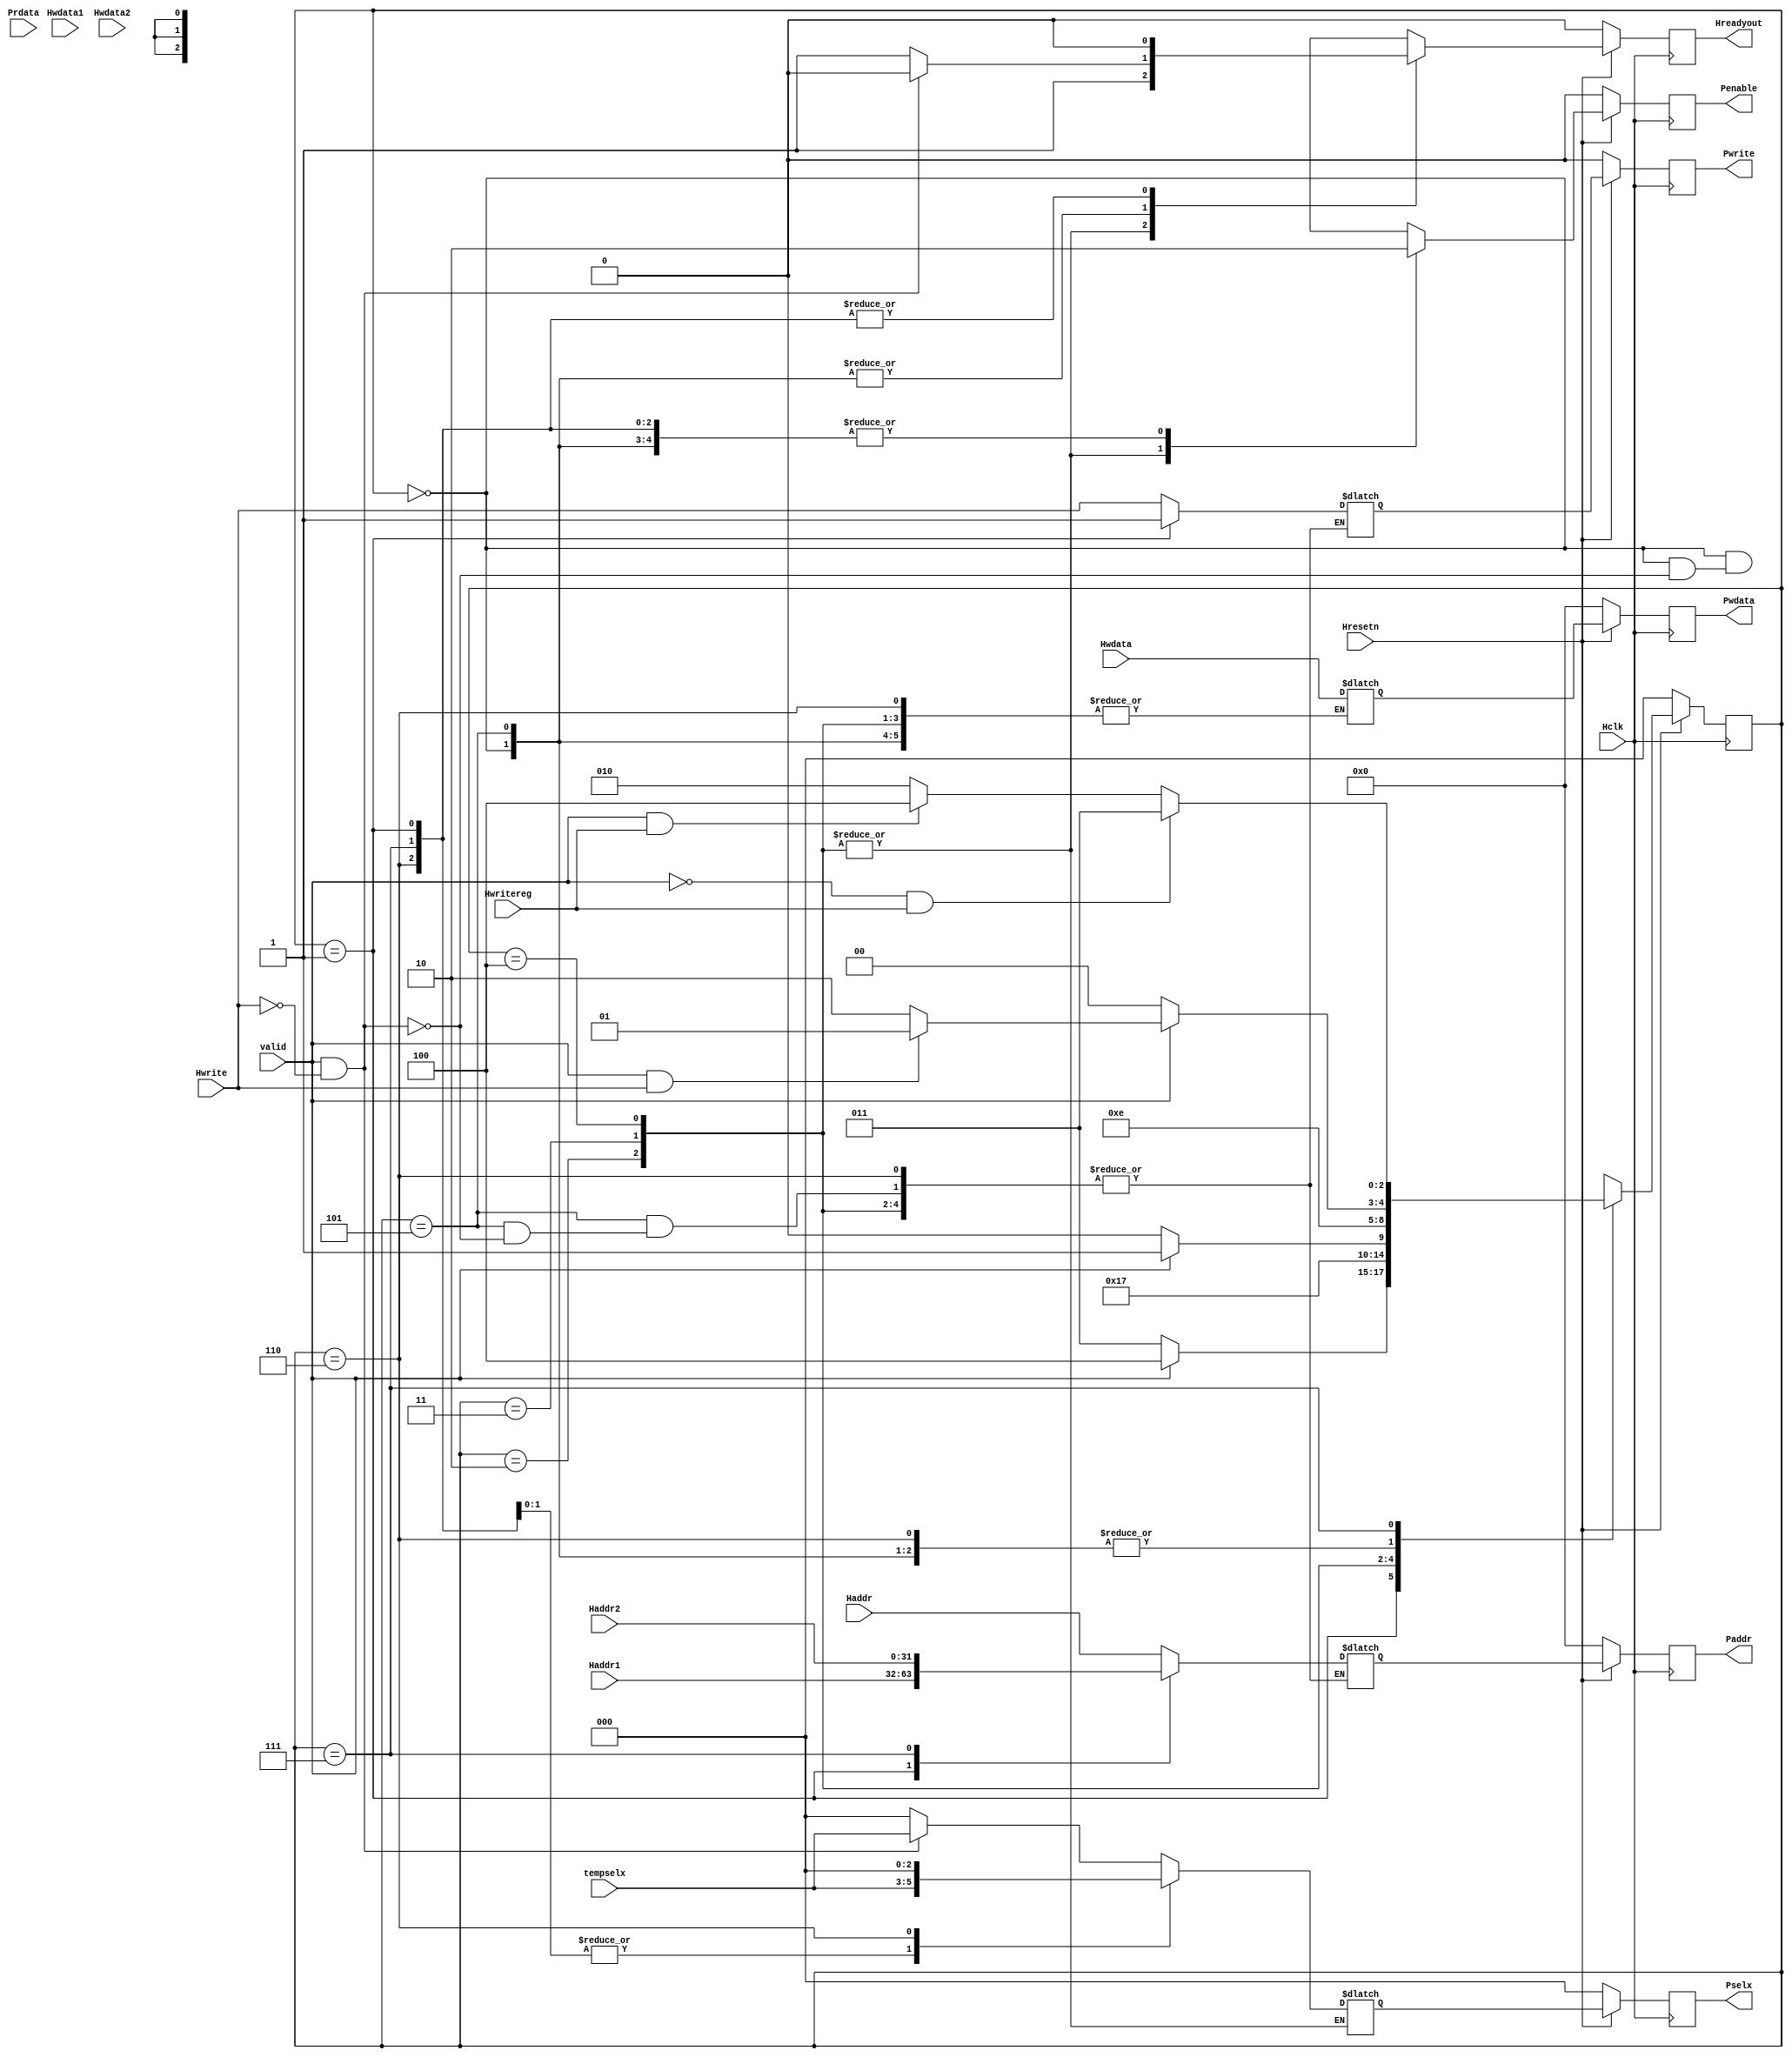
module APB_FSM_Controller( Hclk,Hresetn,valid,Haddr1,Haddr2,Hwdata1,Hwdata2,Prdata,Hwrite,Haddr,Hwdata,Hwritereg,tempselx,Pwrite,Penable,Pselx,Paddr,Pwdata,Hreadyout);

input Hclk,Hresetn,valid,Hwrite,Hwritereg;
input [31:0] Hwdata,Haddr,Haddr1,Haddr2,Hwdata1,Hwdata2,Prdata;
input [2:0] tempselx;
output reg Pwrite,Penable;
output reg Hreadyout;  
output reg [2:0] Pselx;
output reg [31:0] Paddr,Pwdata;

parameter ST_IDLE=3'b000;
parameter ST_WWAIT=3'b001;
parameter ST_READ= 3'b010;
parameter ST_WRITE=3'b011;
parameter ST_WRITEP=3'b100;
parameter ST_RENABLE=3'b101;
parameter ST_WENABLE=3'b110;
parameter ST_WENABLEP=3'b111;


reg [2:0] PRESENT_STATE,NEXT_STATE;

always @(posedge Hclk)
 begin
  if (~Hresetn)
    PRESENT_STATE<=ST_IDLE;
  else
    PRESENT_STATE<=NEXT_STATE;
 end

always @(*)
 begin
  case (PRESENT_STATE)
    
 	ST_IDLE:begin
		 if (~valid)
		  NEXT_STATE=ST_IDLE;
		 else if (valid && Hwrite)
		  NEXT_STATE=ST_WWAIT;
		 else 
		  NEXT_STATE=ST_READ;
		end    

	ST_WWAIT:begin
		 if (~valid)
		  NEXT_STATE=ST_WRITE;
		 else
		  NEXT_STATE=ST_WRITEP;
		end

	ST_READ: begin
		   NEXT_STATE=ST_RENABLE;
		 end

	ST_WRITE:begin
		  if (~valid)
		   NEXT_STATE=ST_WENABLE;
		  else
		   NEXT_STATE=ST_WENABLEP;
		 end

	ST_WRITEP:begin
		   NEXT_STATE=ST_WENABLEP;
		  end

	ST_RENABLE:begin
		     if (~valid)
		      NEXT_STATE=ST_IDLE;
		     else if (valid && Hwrite)
		      NEXT_STATE=ST_WWAIT;
		     else
		      NEXT_STATE=ST_READ;
		   end

	ST_WENABLE:begin
		     if (~valid)
		      NEXT_STATE=ST_IDLE;
		     else if (valid && Hwrite)
		      NEXT_STATE=ST_WWAIT;
		     else
		      NEXT_STATE=ST_READ;
		   end

	ST_WENABLEP:begin
		      if (~valid && Hwritereg)
		       NEXT_STATE=ST_WRITE;
		      else if (valid && Hwritereg)
		       NEXT_STATE=ST_WRITEP;
		      else
		       NEXT_STATE=ST_READ;
		    end

	default: begin
		   NEXT_STATE=ST_IDLE;
		  end
  endcase
 end

reg Penable_temp,Hreadyout_temp,Pwrite_temp;
reg [2:0] Pselx_temp;
reg [31:0] Paddr_temp, Pwdata_temp;

always @(*)
 begin
   case(PRESENT_STATE)
    
	ST_IDLE: begin
			  if (valid && ~Hwrite) 
			   begin:IDLE_TO_READ
			        Paddr_temp=Haddr;
				Pwrite_temp=Hwrite;
				Pselx_temp=tempselx;
				Penable_temp=0;
				Hreadyout_temp=0;
			   end
			  
			  else if (valid && Hwrite)
			   begin:IDLE_TO_WWAIT
			        Pselx_temp=0;
				Penable_temp=0;
				Hreadyout_temp=1;			   
			   end
			   
			  else
                            begin:IDLE_TO_IDLE
			        Pselx_temp=0;
				Penable_temp=0;
				Hreadyout_temp=1;	
			   end
		     end    

	ST_WWAIT:begin
	          if (~valid) 
			   begin:WAIT_TO_WRITE
			    Paddr_temp=Haddr1;
				Pwrite_temp=1;
				Pselx_temp=tempselx;
				Penable_temp=0;
				Pwdata_temp=Hwdata;
				Hreadyout_temp=0;
			   end
			  
			  else 
			   begin:WAIT_TO_WRITEP
			    Paddr_temp=Haddr1;
				Pwrite_temp=1;
				Pselx_temp=tempselx;
				Pwdata_temp=Hwdata;
				Penable_temp=0;
				Hreadyout_temp=0;		   
			   end
			   
		     end  

	ST_READ: begin:READ_TO_RENABLE
			  Penable_temp=1;
			  Hreadyout_temp=1;
		     end

	ST_WRITE:begin
              if (~valid) 
			   begin:WRITE_TO_WENABLE
				Penable_temp=1;
				Hreadyout_temp=1;
			   end
			  
			  else 
			   begin:WRITE_TO_WENABLEP 
				Penable_temp=1;
				Hreadyout_temp=1;		   
			   end
		     end

	ST_WRITEP:begin:WRITEP_TO_WENABLEP
               Penable_temp=1;
			   Hreadyout_temp=1;
		      end

	ST_RENABLE:begin
	            if (valid && ~Hwrite) 
				 begin:RENABLE_TO_READ
					Paddr_temp=Haddr;
					Pwrite_temp=Hwrite;
					Pselx_temp=tempselx;
					Penable_temp=0;
					Hreadyout_temp=0;
				 end
			  
			  else if (valid && Hwrite)
			    begin:RENABLE_TO_WWAIT
			     Pselx_temp=0;
				 Penable_temp=0;
				 Hreadyout_temp=1;			   
			    end
			   
			  else
                begin:RENABLE_TO_IDLE
			     Pselx_temp=0;
				 Penable_temp=0;
				 Hreadyout_temp=1;	
			    end

		       end

	ST_WENABLEP:begin
                 if (~valid && Hwritereg) 
			      begin:WENABLEP_TO_WRITEP
			       Paddr_temp=Haddr2;
				   Pwrite_temp=Hwrite;
				   Pselx_temp=tempselx;
				   Penable_temp=0;
				   Pwdata_temp=Hwdata;
				   Hreadyout_temp=0;
				  end

			  
			    else 
			     begin:WENABLEP_TO_WRITE_OR_READ 
			      Paddr_temp=Haddr2;
				  Pwrite_temp=Hwrite;
				  Pselx_temp=tempselx;
				  Pwdata_temp=Hwdata;
				  Penable_temp=0;
				  Hreadyout_temp=0;		   
			     end
		        end

	ST_WENABLE :begin
	             if (~valid && Hwritereg) 
			      begin:WENABLE_TO_IDLE
				   Pselx_temp=0;
				   Penable_temp=0;
				   Hreadyout_temp=0;
				  end

			  
			    else 
			     begin:WENABLE_TO_WAIT_OR_READ 
				  Pselx_temp=0;
				  Penable_temp=0;
				  Hreadyout_temp=0;		   
			     end

		        end

 endcase
end


always @(posedge Hclk)
 begin
  
  if (~Hresetn)
   begin
    Paddr<=0;
	Pwrite<=0;
	Pselx<=0;
	Pwdata<=0;
	Penable<=0;
	Hreadyout<=0;
   end
  
  else
   begin
        Paddr<=Paddr_temp;
	Pwrite<=Pwrite_temp;
	Pselx<=Pselx_temp;
	Pwdata<=Pwdata_temp;
	Penable<=Penable_temp;
	Hreadyout<=Hreadyout_temp;
   end
 end

endmodule